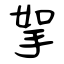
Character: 挐